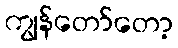
ကျွန်တော်တော့